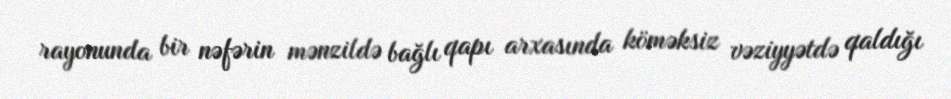
rayonunda bir nəfərin mənzildə bağlı qapı arxasında köməksiz vəziyyətdə qaldığı